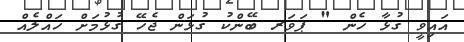
އައިވީ ގުޅާ ހެން " ޕަވަރ ބޭންކު ގުޅަން ޖެހޭ ގުޅުމަށް ހައްލެއް